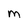
Character: M